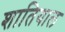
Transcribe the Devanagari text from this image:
शातियाल